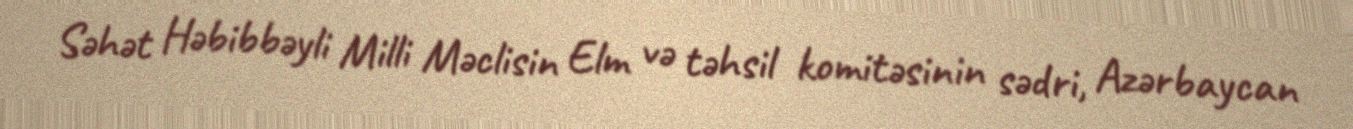
Səhət Həbibbəyli Milli Məclisin Elm və təhsil komitəsinin sədri, Azərbaycan